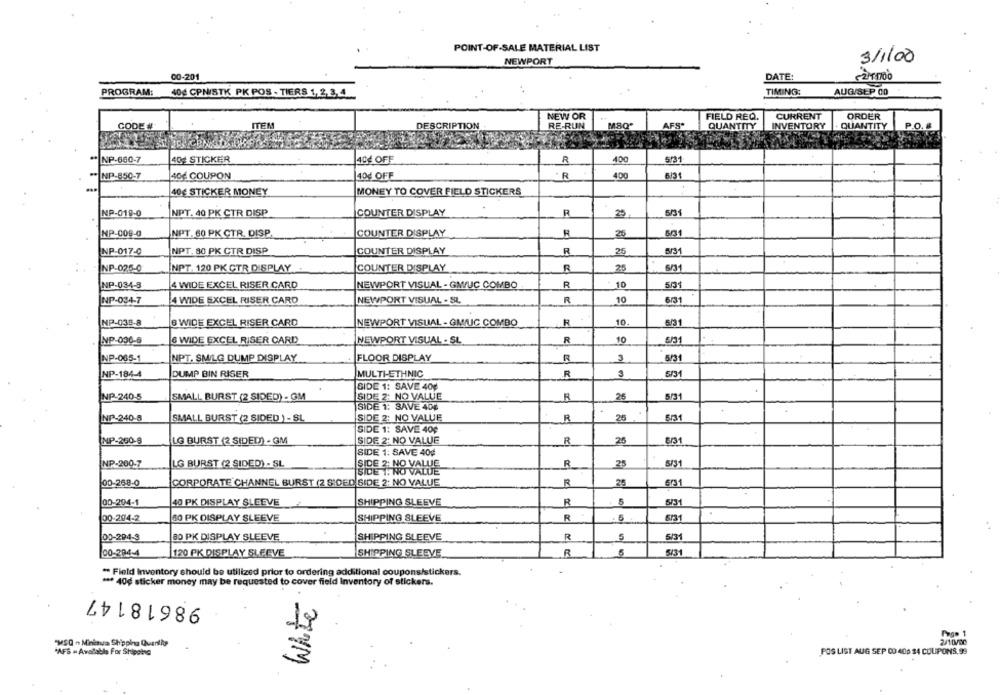
POINT-OF-SALE MATERIAL LIST
NEWPORT
3/1/00
00-201
DATE:
TIMING:
PROGRAM:
40g CPN/STK PK POS - TIERS 1,2,3,4
AUG/SEP CO
NEW OR
FIELD REQ.
CURRENT
ORDER
ITEM
RE-RUN
MSQ'
AFS-
. QUANTITY
0. 8
CO
DESCRIPTION
QUANTITY
INVENTORY
* NP-660-7
40€ STICKER
40€ OFF
R
400
5/31
400
* NP-850-7
40€ COUPON
40g OFF
R
6/31
40€ STICKER MONEY
MONEY TO COVER FIELD STICKERS
NP-019-0
NPT. 40 PK CTR DISP
COUNTER DISPLAY
R
25
5/31
NP-009-0
NPT. 60 PK CTR. DISP
COUNTER DISPLAY
26
5/31
NPT. 80 PK CTR DISP
COUNTER DISPLAY
25
5/31
NP-017-0
NP-026-0
INPT. 120 PK CTR DISPLAY
COUNTER DISPLAY
R
25
6/31
NP-034-3
4 WIDE EXCEL RISER CARD
NEWPORT VISUAL - GMUC COMBO
R
10
5031
R
10
6/31
NP-034-7
4 WIDE EXCEL RISER CARD
NEWPORT VISUAL - SL
NP-038-8
6 WIDE EXCEL RISER CARD
NEWPORT VISUAL - GMIUC COMBO
10.
5/31
NP-036-6
6 WIDE EXCEL RISER CARD
NEWPORT VISUAL - SL
R
10
5/31
NP-065-1
NPT. SM/LG DUMP DISPLAY
FLOOR DISPLAY
R
3
5/31
INP-184-4
DUMP BIN RISER
MULTI-ETHNIC
R
3
5/31
SIDE 1: SAVE 40g
NP-240-5
SMALL BURST (2 SIDED) . GM
SIDE 2; NO VALUE
25
5/31
SIDE 1: SAVE 404
NP-240-5
SIDE 2; NO VALUE
R
25
5/31
SMALL BURST (2 SIDED ) - SL
SIDE 1: SAVE 40¢
NP-250-8
LG BURST (2 SIDED) - GM
SIDE 2: NO VALUE
R
25
5/31
SIDE 1: SAVE 40¢
NP-260-7
LG BURST (2 SIDED) - SL
SIDE 2: NO VALUE
R
25
5/31
SIDE 1. NO VALUE
00-268-0
CORPORATE CHANNEL BURST (2 SIDED SIDE 2: NO VALUE
R
25
6731
40 PK DISPLAY SLEEVE
SHIPPING SLEEVE
00-294-1
R
5/31
00-204-2
80 PK DISPLAY SLEEVE
SHIPPING SLEEVE
R
5
5731
00-294-3
80 PK DISPLAY SLEEVE
SHIPPING SLEEVE
R
5
00-284-4
120 PK DISPLAY SLEEVE
SHIPPING SLEEVE
R
5/31
" Field Inventory should be utilized prior to ordering additional coupons/stickers.
*** 40g sticker money may be requested to cover field Inventory of stickers.
98618147
White
Page 1
"MSQ - Minisua Shipping Quantity
2/10/30
"AFS . Available For Shipping
POS LIST AUG SEP 00 400 $4 COUPONS,99